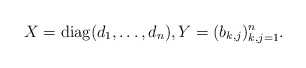
\begin{align*}X = \mathrm{diag}(d_1,\dots,d_n),Y = (b_{k,j})_{k,j=1}^n. \end{align*}